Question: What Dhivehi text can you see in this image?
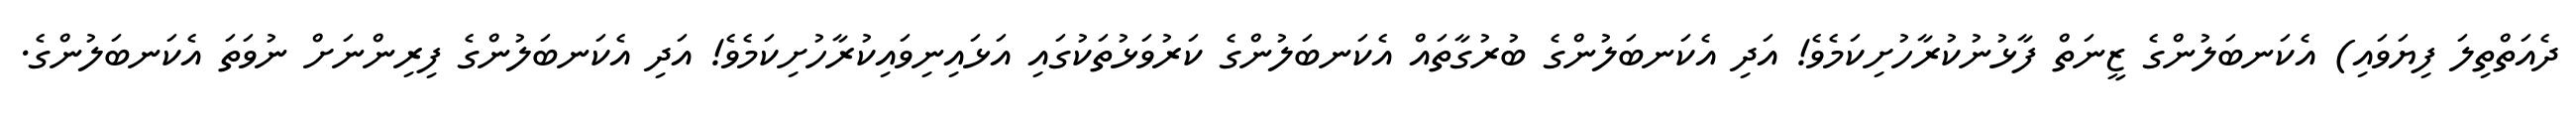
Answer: ދެއަތްތިލަ ފިޔަވައި) އެކަނބަލުންގެ ޒީނަތް ފާޅުނުކުރާހުށިކަމެވެ! އަދި އެކަނބަލުންގެ ބުރުގާތައް އެކަނބަލުންގެ ކަރުވަޅުތަކުގައި އަޅައިނިވައިކުރާހުށިކަމެވެ! އަދި އެކަނބަލުންގެ ފިރިންނަށް ނުވަތަ އެކަނބަލުންގެ.